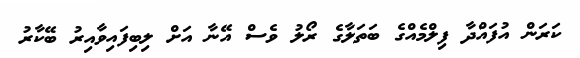
ކަރަން އުފައްދާ ފިލްމެއްގެ ބަތަލާގެ ރޯލު ވެސް އޭނާ އަށް ލިބިފައިވާއިރު ބޭކާރު